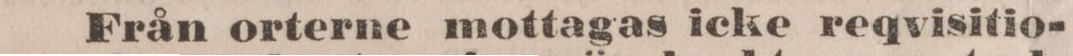
Från orterne mottagas icke reqvisitio-